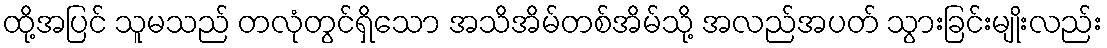
ထို့အပြင် သူမသည် တလုံတွင်ရှိသော အသိအိမ်တစ်အိမ်သို့ အလည်အပတ် သွားခြင်းမျိုးလည်း